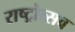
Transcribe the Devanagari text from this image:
राष्ट्रोत्सव